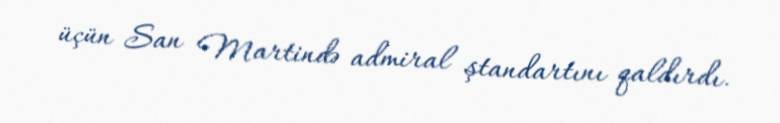
üçün San Martində admiral ştandartını qaldırdı.